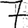
Digit: 7